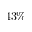
4 3 \%